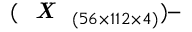
( \textit { \textbf { X } } _ { ( 5 6 \times 1 1 2 \times 4 ) } ) –